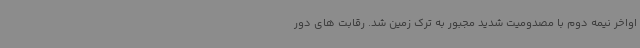
اواخر نیمه دوم با مصدومیت شدید مجبور به ترک زمین شد. رقابت های دور